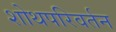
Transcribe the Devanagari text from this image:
शोथपरिवर्तन